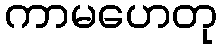
ကာမဟေတု